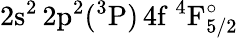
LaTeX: \mathrm{2s^{2}\, 2p^{2}(^{3}P)\, 4f~^{4}F_{5/2}^{\circ}}